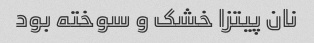
نان پیتزا خشک ‌و سوخته بود